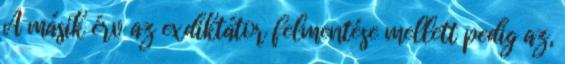
A másik érv az exdiktátor felmentése mellett pedig az,